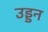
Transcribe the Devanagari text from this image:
उड्डन